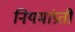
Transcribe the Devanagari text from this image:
नियमांप्रती